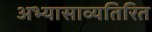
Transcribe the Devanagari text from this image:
अभ्यासाव्यतिरित